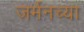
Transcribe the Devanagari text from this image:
जर्मनच्या